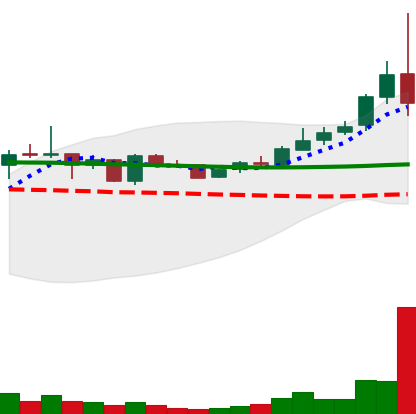
Ticker: TRX-USD
Chart end date: 2019-01-10
Forward return: -4.987%
Label: down_3_5